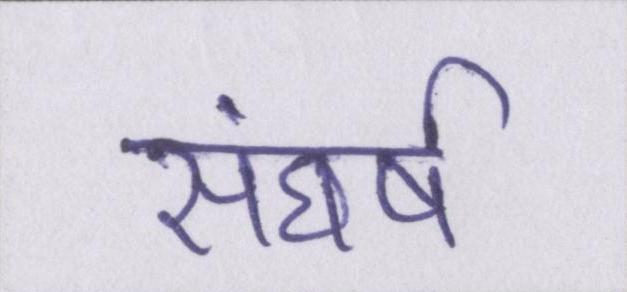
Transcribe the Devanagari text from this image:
संघर्ष